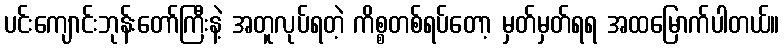
ပင်းကျောင်းဘုန်းတော်ကြီးနဲ့ အတူလုပ်ရတဲ့ ကိစ္စတစ်ရပ်တော့ မှတ်မှတ်ရရ အထမြောက်ပါတယ်။